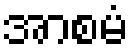
အာစမံ